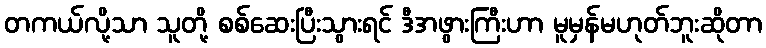
တကယ်လို့သာ သူတို့ စစ်ဆေးပြီးသွားရင် ဒီအဖွားကြီးဟာ မူမှန်မဟုတ်ဘူးဆိုတာ